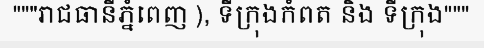
"""រាជធានីភ្នំពេញ ), ទីក្រុងកំពត និង ទីក្រុង"""